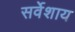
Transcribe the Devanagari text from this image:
सर्वेशाय